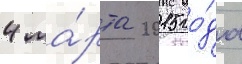
4 ма́рта 2015 го́да